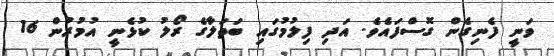
ވަނީ ފެނިގެން ގޮސްފައެވެ. އަދި ފިލުމުގައި ބަތަލާގެ ރޯލު ކުޅެނީ އުމުރުން 16